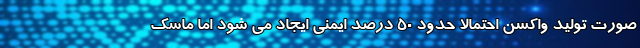
صورت تولید واکسن احتمالاً حدود ۵۰ درصد ایمنی ایجاد می شود اما ماسک